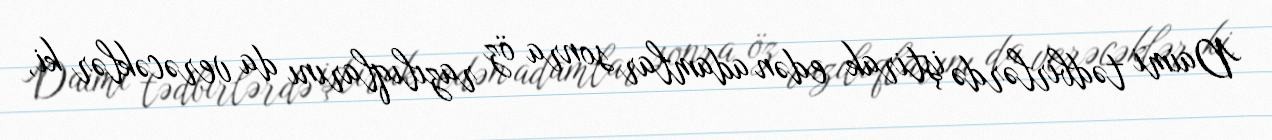
Daimi tədbirlərdə iştirak edən adamlar sonra öz razılıqlarını da verəcəklər ki,